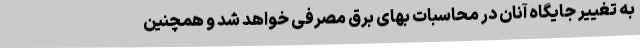
به تغییر جایگاه آنان در محاسبات بهای برق مصرفی خواهد شد و همچنین